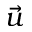
\Vec { u }